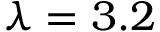
\lambda = 3 . 2